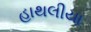
હાથલીયા